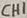
Text: CH1